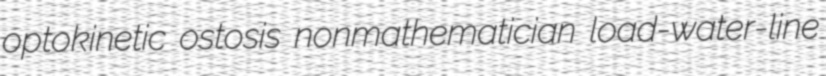
optokinetic ostosis nonmathematician load-water-line